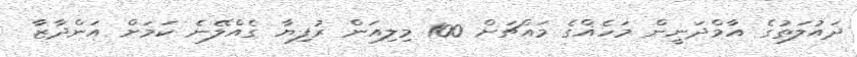
ދައުލަތުގެ އާމްދަނީން މަހެއްގެ މައްޗަށް 100 މިލިއަން ރުފިޔާ ގެއްލޭނެ ކަމަށް އަންދާޒާ